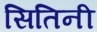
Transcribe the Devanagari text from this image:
सितिनी